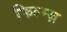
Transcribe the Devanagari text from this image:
फिल्म्ज़